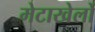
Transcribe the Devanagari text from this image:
मेटाखेलों